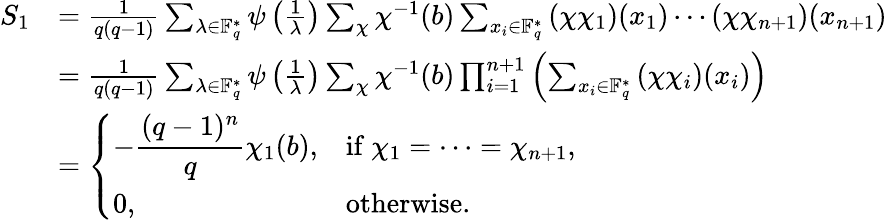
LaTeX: \begin{array}{rl}{S_{1}}&{=\frac{1}{q(q-1)}\sum_{\lambda\in\mathbb{F}_{q}^{*}}\psi\left(\frac{1}{\lambda}\right)\sum_{\chi}\chi^{-1}(b)\sum_{x_{i}\in\mathbb{F}_{q}^{*}}\left(\chi\chi_{1}\right)(x_{1})\cdots\left(\chi\chi_{n+1}\right)(x_{n+1})}\\ &{=\frac{1}{q(q-1)}\sum_{\lambda\in\mathbb{F}_{q}^{*}}\psi\left(\frac{1}{\lambda}\right)\sum_{\chi}\chi^{-1}(b)\prod_{i=1}^{n+1}\left(\sum_{x_{i}\in\mathbb{F}_{q}^{*}}\left(\chi\chi_{i}\right)(x_{i})\right)}\\ &{=\left\{ \begin{array}{ll}{\displaystyle-\frac{(q-1)^{n}}{q}\chi_{1}(b),}&{\mathrm{if}\ \chi_{1}=\cdots=\chi_{n+1},}\\ {\displaystyle 0,}&{\mathrm{otherwise}.}\end{array}\right.}\end{array}